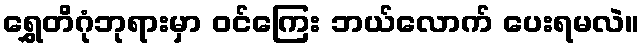
ရွှေတိဂုံဘုရားမှာ ဝင်ကြေး ဘယ်လောက် ပေးရမလဲ။